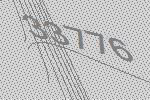
33776